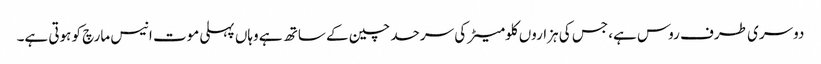
دوسری طرف روس ہے، جس کی ہزاروں کلومیٹر کی سرحد چین کے ساتھ ہے وہاں پہلی موت انیس مارچ کو ہوتی ہے۔